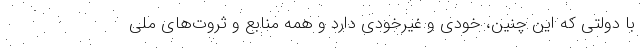
با دولتی که این چنین، خودی و غیرخودی دارد و همه منابع و ثروت‌های ملی